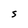
Character: S